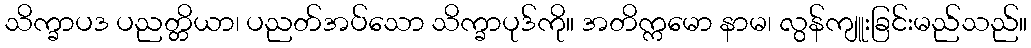
သိက္ခာပဒ ပညတ္တိယာ၊ ပညတ်အပ်သော သိက္ခာပုဒ်ကို။ အတိက္ကမော နာမ၊ လွန်ကျူးခြင်းမည်သည်။